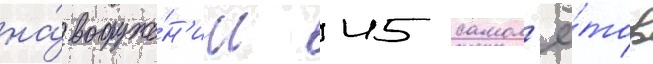
на́ вооруже́н'ии 45 самол'ё́тов